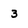
Character: 3